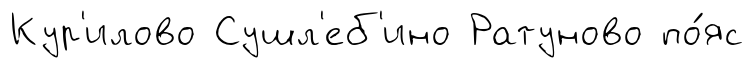
Кур'илово Сушл'еб'ино Ратуново по́яс